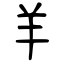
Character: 羊